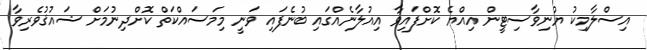
އިސްލާމިކު ޔުނިވާސިޓީން އިއްޔެ ކޮށްފައިވާ އިއުލާނެއްގައި ބުނެފައި ވަނީ މިމަސައްކަތް ކޮށްދިނުމަށް ޝައުޤުވެރިވާ